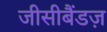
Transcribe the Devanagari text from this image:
जीसीबैंडज़